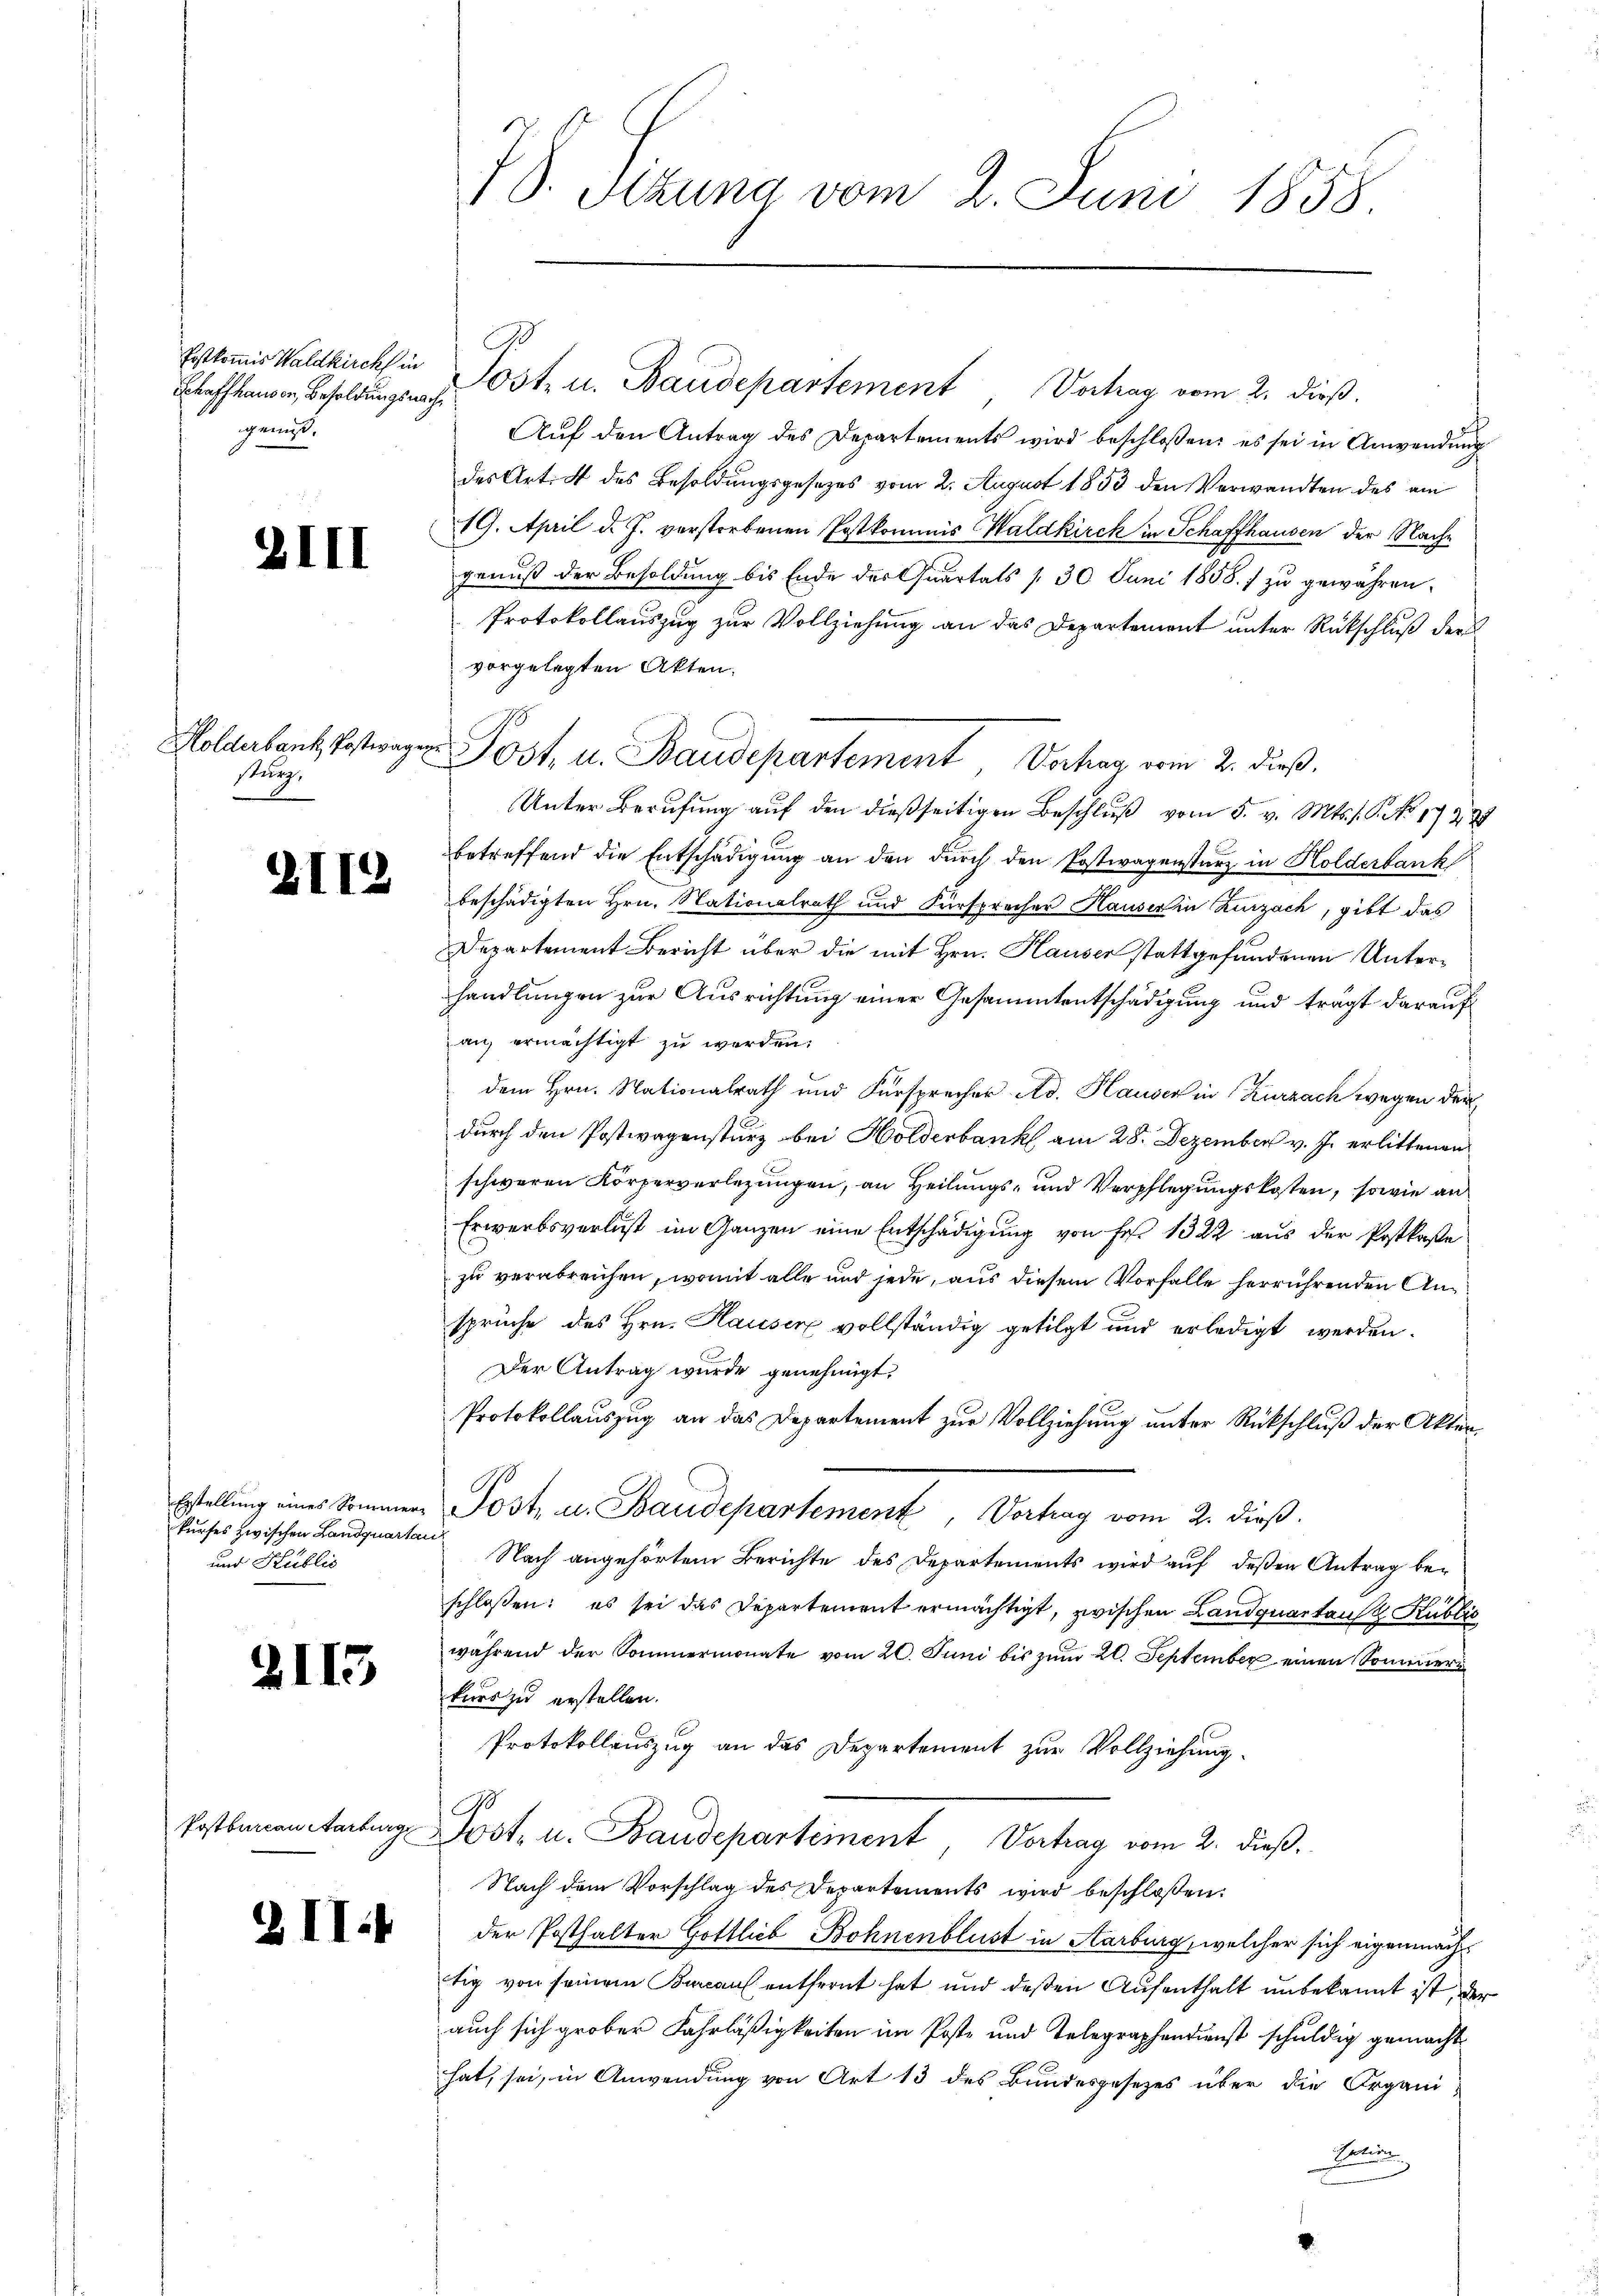
Erstkommis Waldkirch in
Schaffhauser, Besoldungsnach
genuß.

III

stung.

2112

Erstellung eines Sommer-
kurses zwischen Landquart
und Kublic

2113

21

¬

IV. Sizung vom 2. Juni 1858.

Post- u. Baudepartement Vortrag vom 2. dieß.
che
Aŭf den Antrag des Departements wird beschlossen: es sei in Anwendung
des Art. 4 des Besoldungsgesezes vom 2. August 1853 den Verwandten des am
19. April d. J. verstorbenen Postkommis Waldkirch in Schaffhausen der Nachgenuß der Besoldung bis Ende der Quartals 30. Juni 1858.) zu gewähren.
Protokollauszug zur Vollziehung an das Departement unter Rückschluß der
vorgelegten Akten.
Unter Berufung auf den dießseitigen Beschluß vom 5. v. Mts. s. S. Nr. 17389
betreffend die Entschädigung an den durch den Postwagensturz in Holderbank
beschädigten Hrn. Nationalrath und Fürsprocher Hauser in Zurzach, gibt das
Departement Bericht über die mit Hrn. Hauser stattgefundenen Unterhandlungen zur Ausrichtung einer Gesammtentschädigung und trägt darauf
an ermächtigt zu werden.
dem Hrn. Nationalrath und Fürsprecher Ad. Hauser in Kurzach wegen der
durch den Postwagensturz bei Holderbank am 28. Dezember v. J. erlittenen
schweren Körperverlegungen, an Heilungs- und Verpflegungskosten, sowie an
Erwerbsverlust im Ganzen eine Entschädigung von Fr. 1322 aus der Postkasse
zu verabreichen, womit alle und jede, aus diesem Vorfalle herrührenden Ansprüche des Hrn. Hauser vollständig getilgt und erledigt werden.
Der Antrag wurde genehmigt.
Protokollauszug an das Departement zur Vollziehung unter Rückschluß der Akten
Post, u. Baudepartement, Vortrag vom 2. dieß.
uf
Nach angehörtem Berichte des Departements wird auf deßen Antrag beschlossen: es sei das Departement ermächtigt, zwischen Landquartaus 2 Kublic
während der Sommermonate vom 20. Juni bis zŭm 20. September einen Sommern
kurs zu erstellen.
Protokollauszug an das Departement zur Vollziehung.
8
Postbarcon Aarburg Post- u. Baudepartement, Vortrag vom 2. dieß,
Nach dem Vorschlag des Departements wird beschloßen:
der Posthalter Gottlieb Bohnenblust in Aarburg, welcher sich eigenmacht
tig von seinem Bureau entfernt hat und deßen Aufenthalt unbekannt ist, der
auch sich grober Fahrläßigkeiten im Poste und Telegraphendienst schuldig gemacht
hat, sei, in Anwendung von Art 13 des Bundesgesezes über die Organi
Latein

Hollatent Postwager Post, u. Baudepartement Verhag vom 2. dieß,